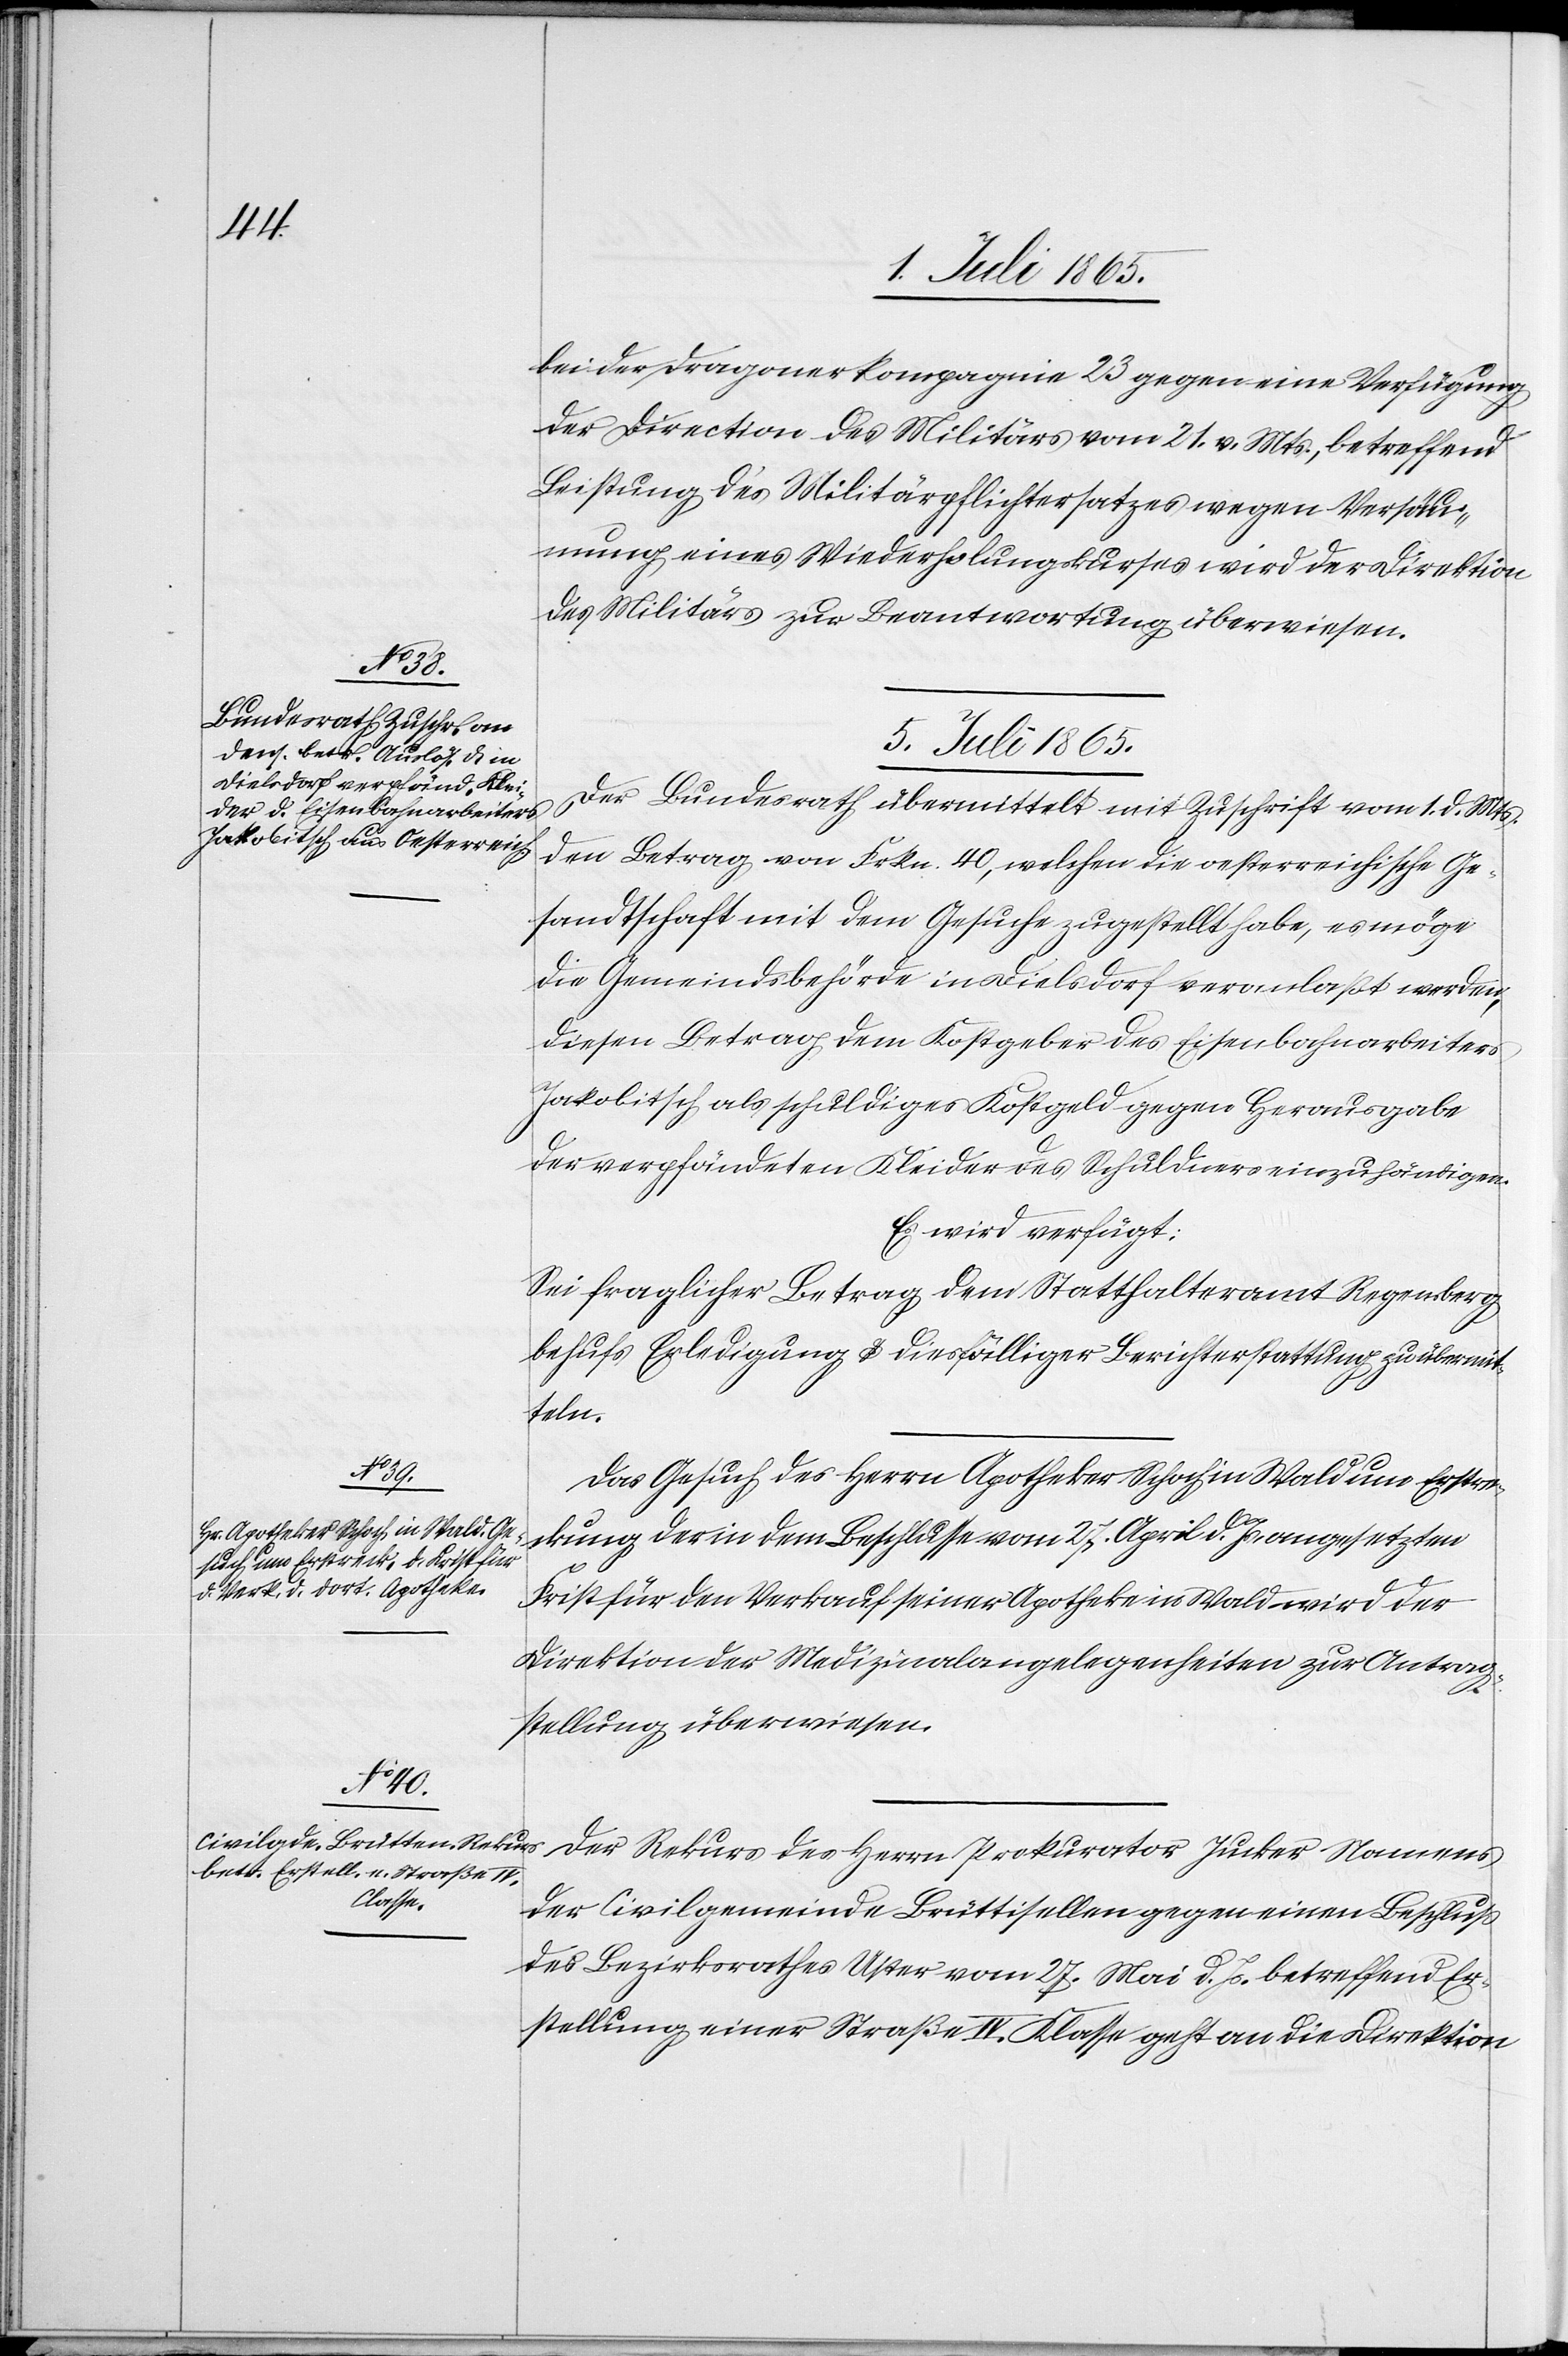
bei der Dragonerkompagnie 23 gegen eine Verfügung
der Direction des Militärs vom 21. v. Mts., betreffend
Leistung des Militärpflichtersatzes wegen Versäu¬
mung eines Wiederholungskurses wird der Direktion
des Militärs zur Beantwortung überwiesen.
5. Juli 1865.]
Der Bundesrath übermittelt mit Zuschrift vom 1. d. Mts.
den Betrag von Frkn. 40, welchen die oesterreichische Ge¬
sandtschaft mit dem Gesuche zugestellt habe, es möge
die Gemeindsbehörde in Dielsdorf veranlaßt werden,
diesen Betrag dem Kostgeber des Eisenbahnarbeiters
Jakobitsch als schuldiges Kostgeld gegen Herausgabe
der verpfändeten Kleider des Schuldners einzuhändigen.
Es wird verfügt:
Sei fraglicher Betrag dem Statthalteramt Regensberg
behufs Erledigung u. diesfälliger Berichterstattung zu übermit¬
teln.
Das Gesuch des Herrn Apotheker Schoch in Wald um Erstre¬
ckung der in dem Beschlusse vom 27. April d. Js. angesetzten
Frist für den Verkauf seiner Apotheke in Wald wird der
Direktion der Medizinalangelegenheiten zur Antrag¬
stellung überwiesen.
Der Rekurs des Herrn Prokurator Jucker Namens
der Civilgemeinde Brüttisellen gegen einen Beschluß
des Bezirksrathes Uster vom 27. Mai d. Js. betreffend Er¬
stellung einer Straße IV. Klasse geht an die Direktion